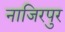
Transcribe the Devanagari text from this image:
नाजिरपुर